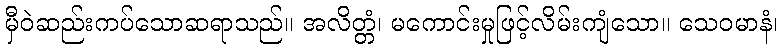
မှီဝဲဆည်းကပ်သောဆရာသည်။ အလိတ္တံ၊ မကောင်းမှုဖြင့်လိမ်းကျံသော။ သေဝမာနံ၊